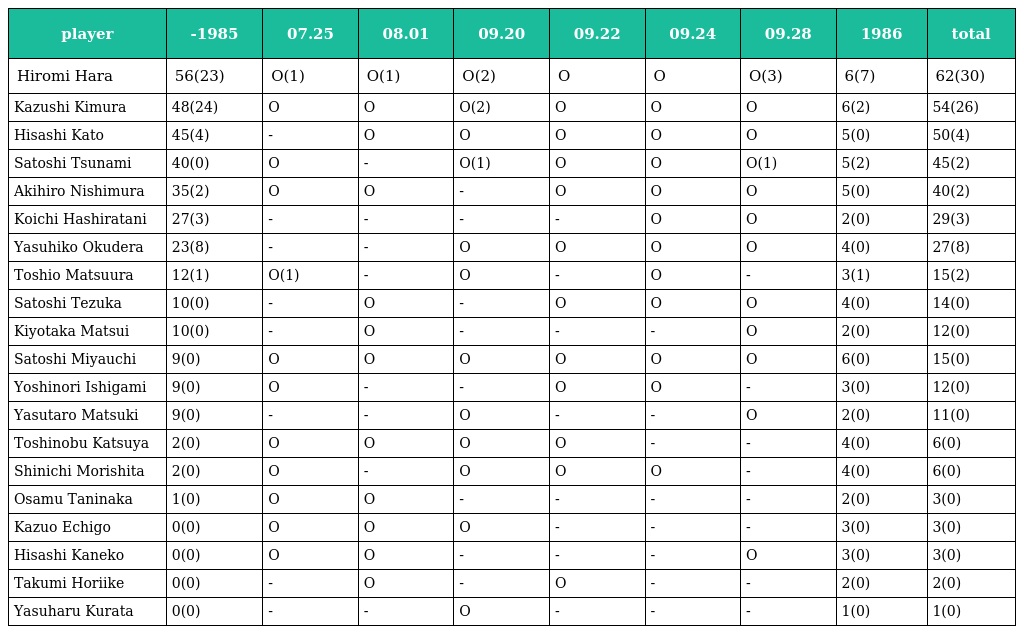
| player | -1985 | 07.25 | 08.01 | 09.20 | 09.22 | 09.24 | 09.28 | 1986 | total |
 | --- | --- | --- | --- | --- | --- | --- | --- | --- | --- |
 | Hiromi Hara | 56(23) | O(1) | O(1) | O(2) | O | O | O(3) | 6(7) | 62(30) |
 | Kazushi Kimura | 48(24) | O | O | O(2) | O | O | O | 6(2) | 54(26) |
 | Hisashi Kato | 45(4) | - | O | O | O | O | O | 5(0) | 50(4) |
 | Satoshi Tsunami | 40(0) | O | - | O(1) | O | O | O(1) | 5(2) | 45(2) |
 | Akihiro Nishimura | 35(2) | O | O | - | O | O | O | 5(0) | 40(2) |
 | Koichi Hashiratani | 27(3) | - | - | - | - | O | O | 2(0) | 29(3) |
 | Yasuhiko Okudera | 23(8) | - | - | O | O | O | O | 4(0) | 27(8) |
 | Toshio Matsuura | 12(1) | O(1) | - | O | - | O | - | 3(1) | 15(2) |
 | Satoshi Tezuka | 10(0) | - | O | - | O | O | O | 4(0) | 14(0) |
 | Kiyotaka Matsui | 10(0) | - | O | - | - | - | O | 2(0) | 12(0) |
 | Satoshi Miyauchi | 9(0) | O | O | O | O | O | O | 6(0) | 15(0) |
 | Yoshinori Ishigami | 9(0) | O | - | - | O | O | - | 3(0) | 12(0) |
 | Yasutaro Matsuki | 9(0) | - | - | O | - | - | O | 2(0) | 11(0) |
 | Toshinobu Katsuya | 2(0) | O | O | O | O | - | - | 4(0) | 6(0) |
 | Shinichi Morishita | 2(0) | O | - | O | O | O | - | 4(0) | 6(0) |
 | Osamu Taninaka | 1(0) | O | O | - | - | - | - | 2(0) | 3(0) |
 | Kazuo Echigo | 0(0) | O | O | O | - | - | - | 3(0) | 3(0) |
 | Hisashi Kaneko | 0(0) | O | O | - | - | - | O | 3(0) | 3(0) |
 | Takumi Horiike | 0(0) | - | O | - | O | - | - | 2(0) | 2(0) |
 | Yasuharu Kurata | 0(0) | - | - | O | - | - | - | 1(0) | 1(0) |